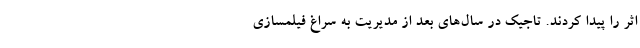
اثر را پیدا کردند. تاجیک در سال‌های بعد از مدیریت به سراغ فیلمسازی